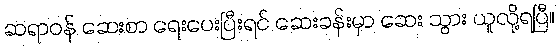
ဆရာဝန် ဆေးစာ ရေးပေးပြီးရင် ဆေးခန်းမှာ ဆေး သွား ယူလို့ရပြီ။